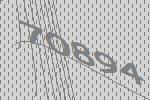
70894